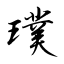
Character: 璞